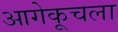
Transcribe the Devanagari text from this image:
आगेकूचला